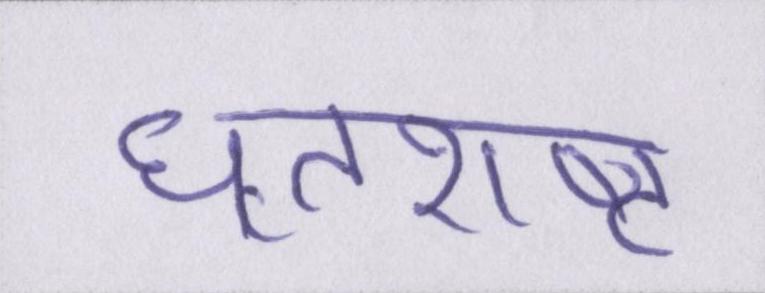
धृतराष्ट